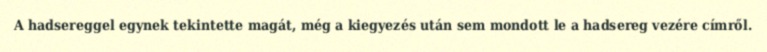
A hadsereggel egynek tekintette magát, még a kiegyezés után sem mondott le a hadsereg vezére címről.